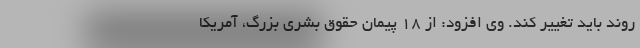
روند باید تغییر کند. وی افزود: از ۱۸ پیمان حقوق بشری بزرگ، آمریکا